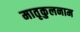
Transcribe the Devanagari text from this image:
मातृकुलनाम